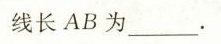
线长AB为___.